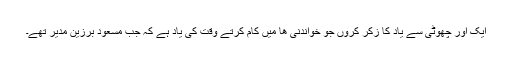
ایک اور چھوٹی سے یاد کا زکر کروں جو خواندنی ھا میں کام کرتے وقت کی یاد ہے کہ جب مسعود برزین مدیر تھے۔